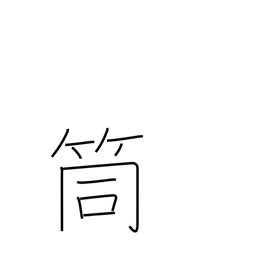
Meaning: pipe